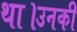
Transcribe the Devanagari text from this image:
था।उनकी